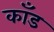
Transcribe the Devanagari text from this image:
कॉंड